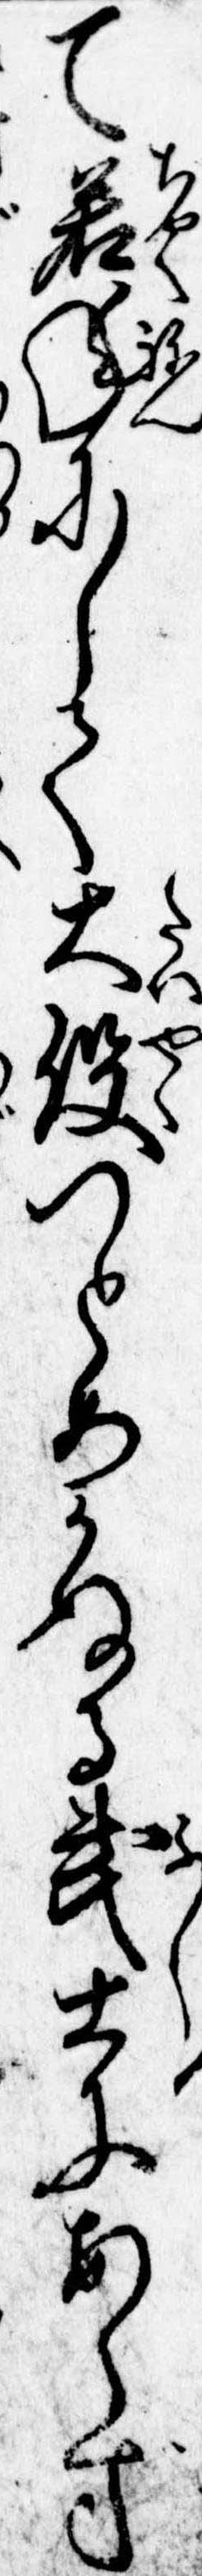
て若年にして大役つとめかねる武士にあらず